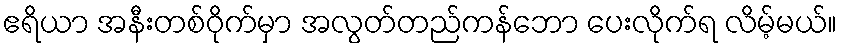
ဧရိယာ အနီးတစ်ဝိုက်မှာ အလွတ်တည်ကန်ဘော ပေးလိုက်ရ လိမ့်မယ်။